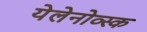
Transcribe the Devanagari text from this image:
येलेनोव्स्क